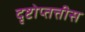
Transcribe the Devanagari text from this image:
दृष्टोप्तत्तीस